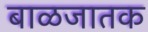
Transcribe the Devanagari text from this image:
बाळजातक